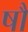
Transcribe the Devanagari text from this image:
षौ